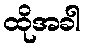
ထိုအခါ